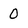
Character: 0